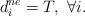
LaTeX: \begin{align*}d_i^{ne}=T,~ \forall i.\end{align*}